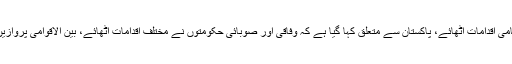
عالمی مالیاتی ادارے کے پالیسی ٹریکر کے مطابق اس وقت تک 193 ممالک نے ہنگامی اقدامات اٹھائے، پاکستان سے متعلق کہا گیا ہے کہ وفاقی اور صوبائی حکومتوں نے مختلف اقدامات اٹھائے، بین الاقوامی پروازیں اور سرحدیں بند کی گئی، مختلف شہروں میں لاک ڈاون اور اسکول بند کیے گئے ہیں۔